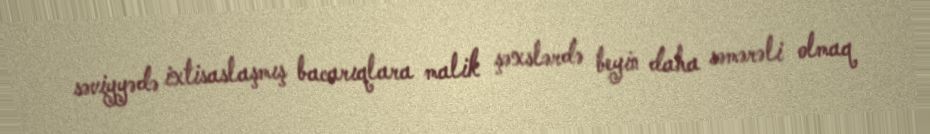
səviyyədə ixtisaslaşmış bacarıqlara malik şəxslərdə beyin daha səmərəli olmaq